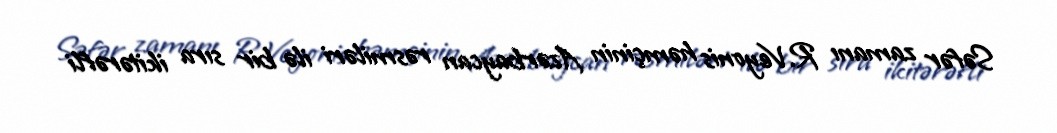
Səfər zamanı R.Veyonis həmçinin Azərbaycan rəsmiləri ilə bir sıra ikitərəfli